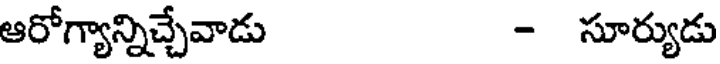
ఆరోగ్యాన్నిచ్చేవాడు - సూర్యుడు